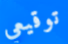
توقيعي